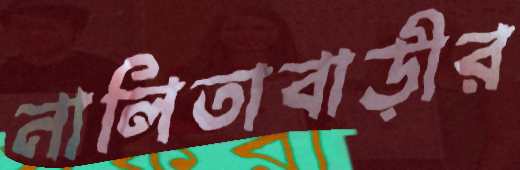
নালিতাবাড়ীর